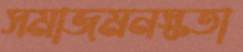
সমাজমনস্কতা